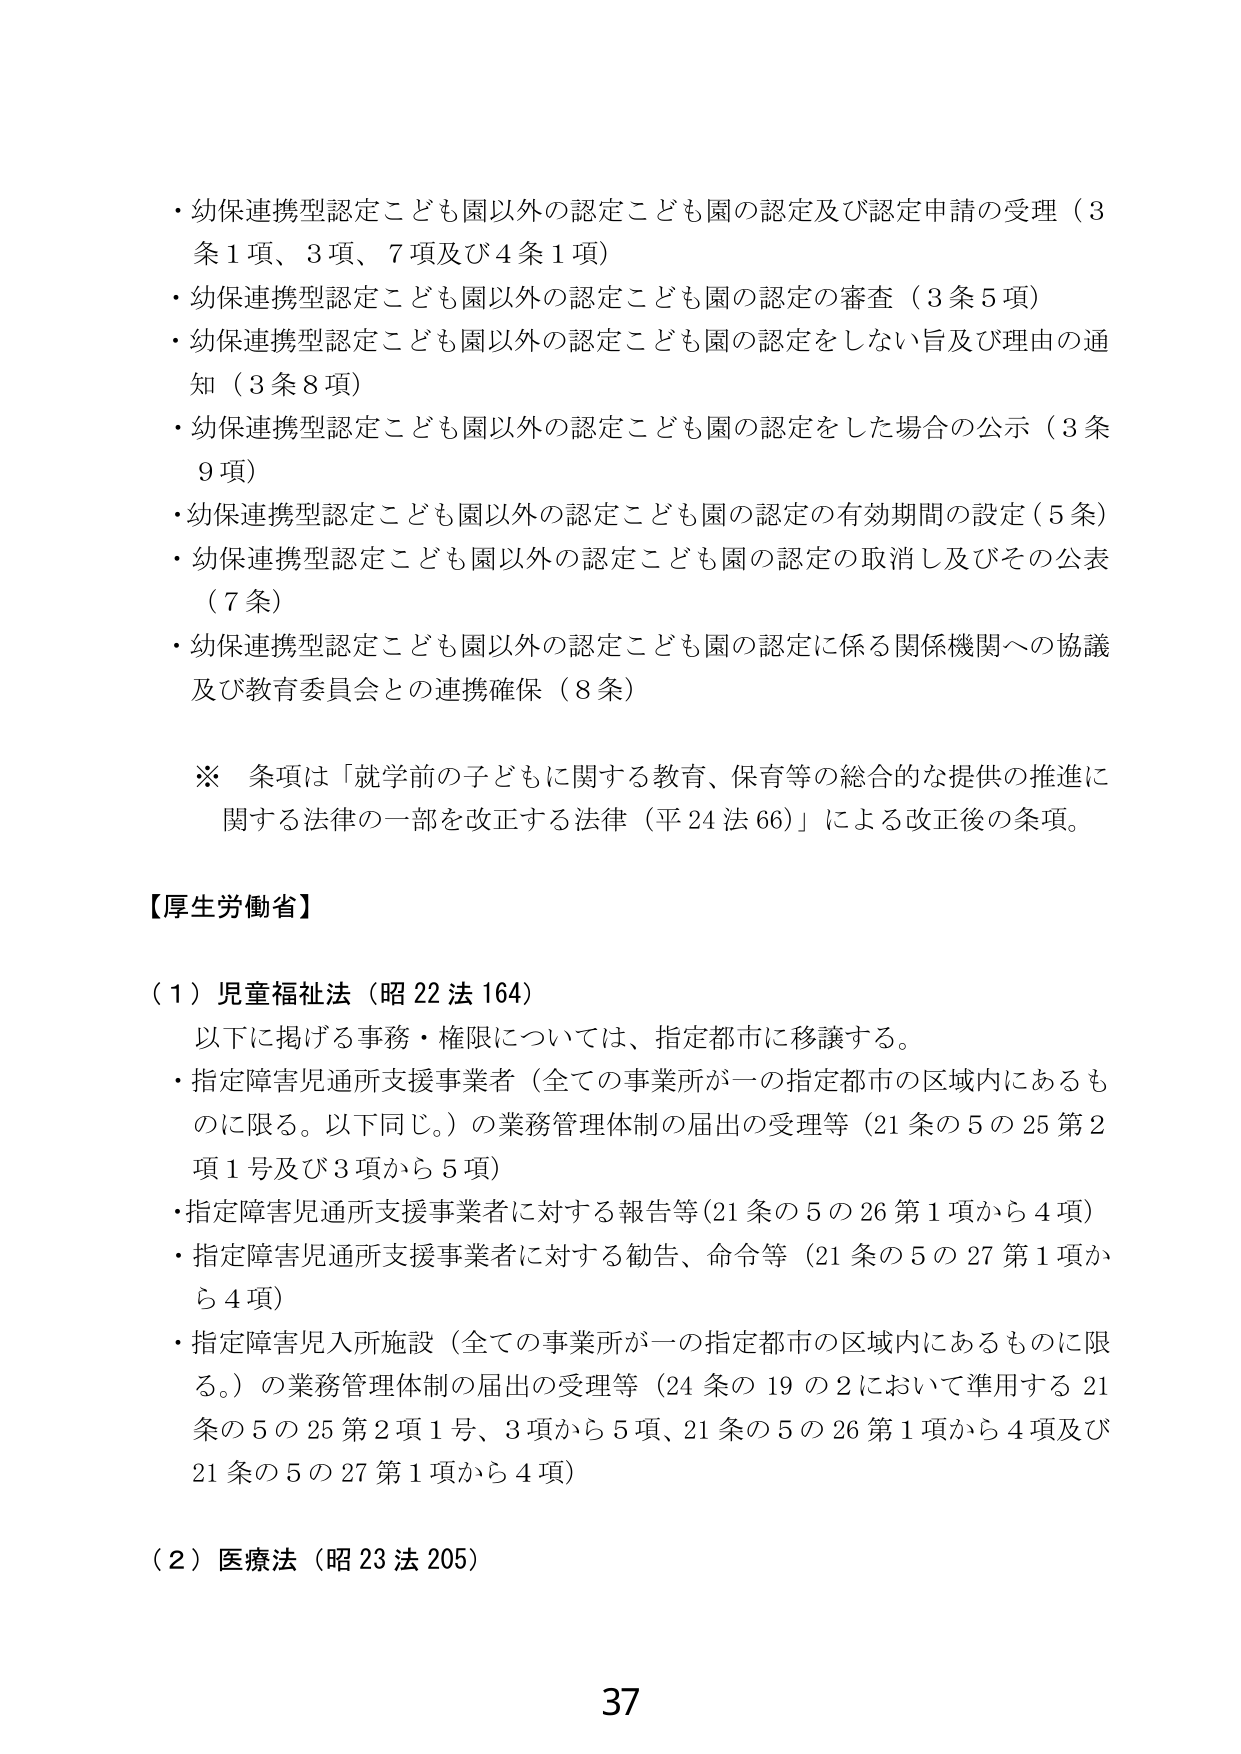
・幼保連携型認定こども園以外の認定こども園の認定及び認定申請の受理（3条1項、3項、7項及び4条1項）
・幼保連携型認定こども園以外の認定こども園の認定の審査（3条5項）
・幼保連携型認定こども園以外の認定こども園の認定をしない旨及び理由の通知（3条8項）
・幼保連携型認定こども園以外の認定こども園の認定をした場合の公示（3条9項）
・幼保連携型認定こども園以外の認定こども園の認定の有効期間の設定（5条）
・幼保連携型認定こども園以外の認定こども園の認定の取消し及びその公表（7条）
・幼保連携型認定こども園以外の認定こども園の認定に係る関係機関への協議及び教育委員会との連携確保（8条）

※ 条項は「就学前の子どもに関する教育、保育等の総合的な提供の推進に関する法律の一部を改正する法律（平24法66）」による改正後の条項。

【厚生労働省】

（1）児童福祉法（昭22法164）
　以下に掲げる事務・権限については、指定都市に移譲する。
　・指定障害児通所支援事業者（全ての事業所が一の指定都市の区域内にあるものに限る。以下同じ。）の業務管理体制の届出の受理等（21条の5の25第2項1号及び3項から5項）
　・指定障害児通所支援事業者に対する報告等（21条の5の26第1項から4項）
　・指定障害児通所支援事業者に対する勧告、命令等（21条の5の27第1項から4項）
　・指定障害児入所施設（全ての事業所が一の指定都市の区域内にあるものに限る。）の業務管理体制の届出の受理等（24条の19の2において準用する21条の5の25第2項1号、3項から5項、21条の5の26第1項から4項及び21条の5の27第1項から4項）

（2）医療法（昭23法205）

37